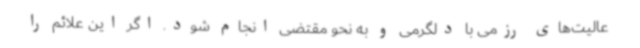
عالیت‌های رزمی با دلگرمی و به نحو مقتضی انجام شود. اگر این علائم را